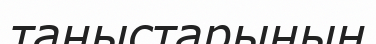
таныстарының